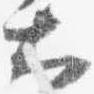
大